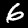
Digit: 6